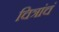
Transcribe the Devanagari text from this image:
चित्रांचं